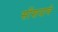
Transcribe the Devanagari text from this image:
सोंशयाचे